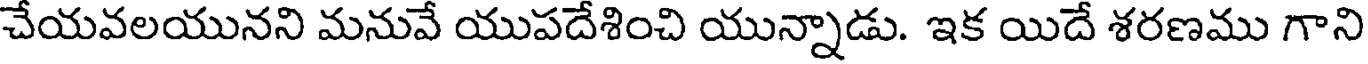
చేయవలయునని మనువే యుపదేశించి యున్నాడు. ఇక యిదే శరణము గాని